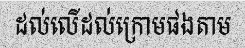
ដល់លើដល់ក្រោមផងតាម